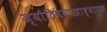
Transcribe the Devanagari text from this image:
ज्यौतिषशास्त्राध्यापक